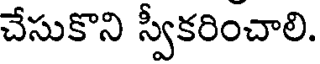
చేసుకొని స్వీకరించాలి.